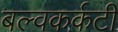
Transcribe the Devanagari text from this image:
बल्वकर्कटी